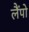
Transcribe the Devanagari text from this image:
लैंपो